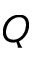
Q